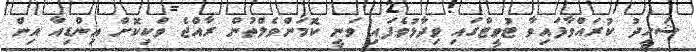
ޝަހީދު ކުރައްވާފައިވާ ޓުވީޓްގައި ވިދާޅުވެފައި ވަނީ ކޮމަންވެލްތުން ރާއްޖެ ވަކިކޮށް އިންޑިއާ އިން